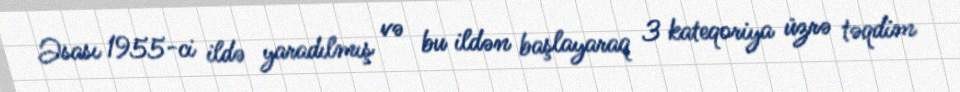
Əsası 1955-ci ildə yaradılmış və bu ildən başlayaraq 3 kateqoriya üzrə təqdim